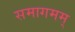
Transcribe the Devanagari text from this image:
समागमम्